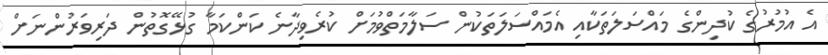
އެ އުމުރުގެ ކުދިންގެ މައްސަލަތަކާއި އެމައްސަލަތަކުން ސަލާމަތްވުމަށް ކުރެވިދާނެ ކަންކަމާ ގުޅޭގޮތުން ދަރިވަރުންނަށް